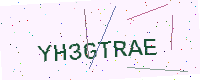
Text: YH3GTRAE